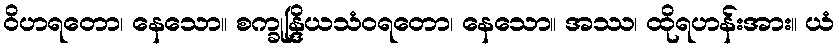
ဝိဟရတော၊ နေသော။ စက္ခုန္ဒြိယသံဝရတော၊ နေသော။ အဿ၊ ထိုရဟန်းအား။ ယံ